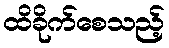
ထိခိုက်စေသည့်